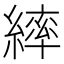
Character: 繂